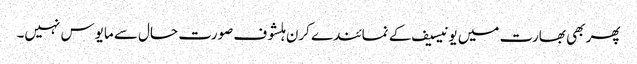
پھر بھی بھارت میں یونیسیف کے نمائندے کرن ہلشوف صورت حال سے مایوس نہیں۔